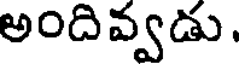
అందివ్వడు,